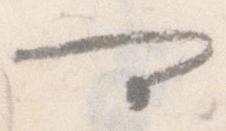
可